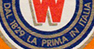
DAL 1829 LA PRIMA IN ITALIA